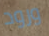
ورود